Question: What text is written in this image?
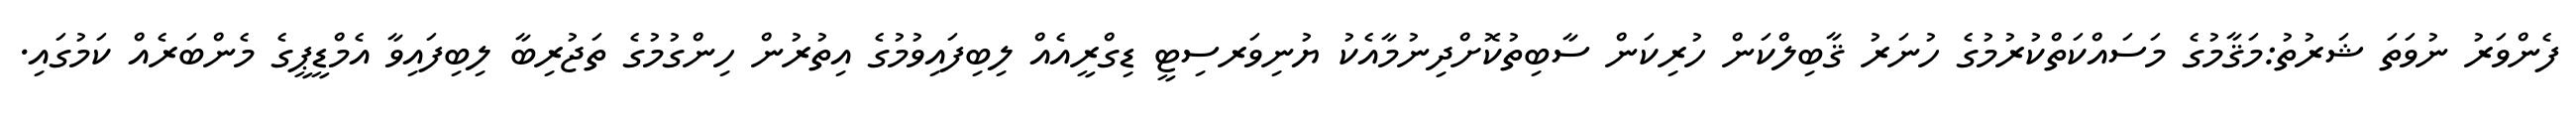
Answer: ފެންވަރު ނުވަތަ ޝަރުތު:މަޤާމުގެ މަސައްކަތްކުރުމުގެ ހުނަރު ޤާބިލްކަން ހުރިކަން ސާބިތުކޮށްދިނުމާއެކު ޔުނިވަރސިޓީ ޑިގްރީއެއް ލިބިފައިވުމުގެ އިތުރުން ހިންގުމުގެ ތަޖުރިބާ ލިބިފައިވާ އެމްޑީޕީގެ މެންބަރެއް ކަމުގައި.